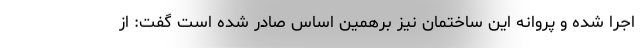
اجرا شده و پروانه این ساختمان نیز برهمین اساس صادر شده است گفت: از